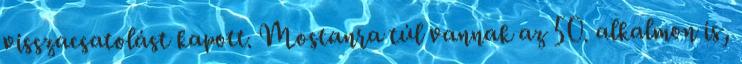
visszacsatolást kapott. Mostanra túl vannak az 50. alkalmon is,